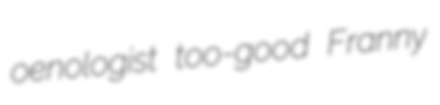
oenologist too-good Franny